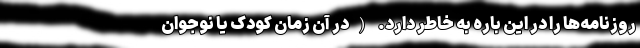
روزنامه‌ها را در این باره به خاطر دارد. (در آن زمان کودک یا نوجوان